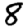
Digit: 8